V__Kingissepa_nim__kolhoos, lk 9
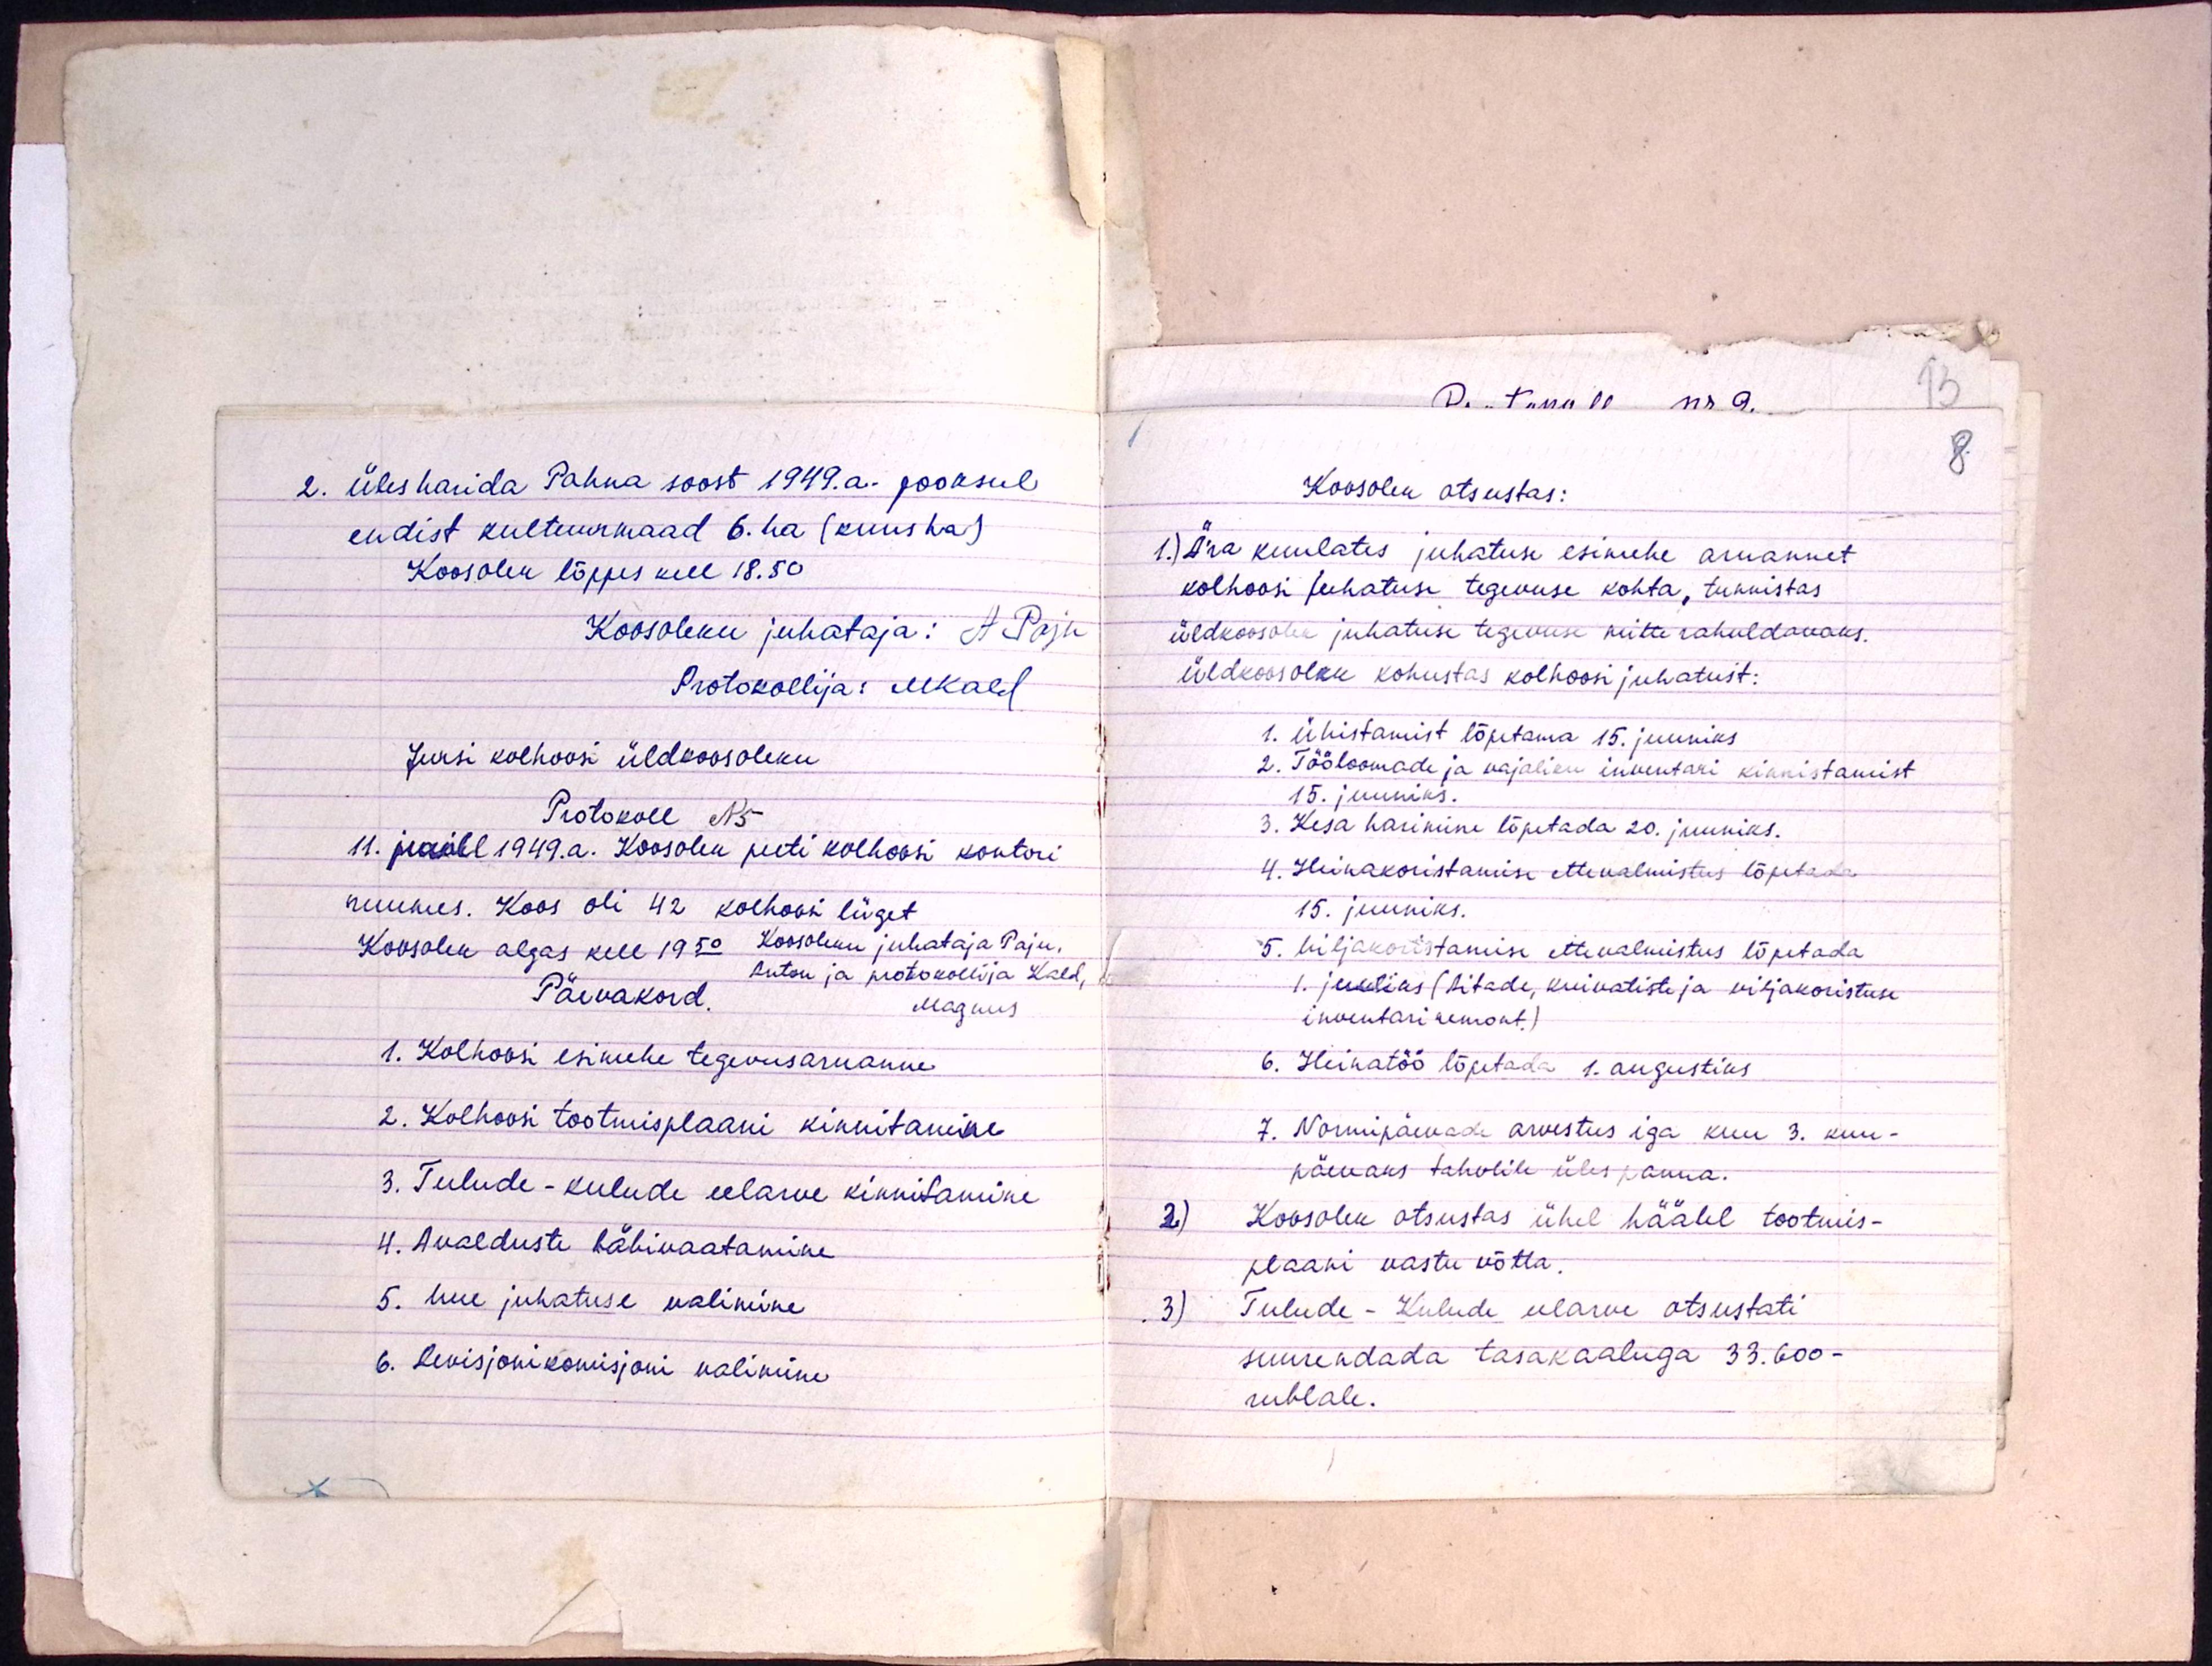
2. Üles harida Pahna soost 1949. a. jooksul
endist kultuurmaad 6. ha (kuus ha)
Koosolek lõppes kell 18.50
Koosoleku juhataja: A Paju
Protokollija: MKald
Jursi kolhoosi üldkoosoleku
Protokoll N5
11. juulil 1949. a. Koosolek peeti kolhoosi kontori
ruumes. Koos oli 42 kolhoosi liiget
Koosolek algas kell 19:50 koosoleku juhataja Paju,
Päevakord
Anton ja protokollija Kald,
Magnus
1. Kolhoosi esimehe tegevusaruanne
2. Kolhoosi tootmisplaani kinnitamine
3. Tulude-kulude eelarve kinnitamine
4. Avalduste läbivaatamine
5. Uue juhatuse valimine
6. Revisjonikomisjoni valimine

8

1
Koosolek otsustas:
1.) ära kuulates juhatuse esimehe aruannet
kolhoosi juhatuse tegevuse kohta, tunnistas
üldkoosolek juhatuse tegevuse mitte rahuldavaks.
üldkoosoleku kohustas kolhoosi juhatust:
1. Ühistamist lõpetama 15. juuniks.
2. Tööloomade ja vajaliku inventari kinnistamist
15. juuniks.
3. Kesa harimine lõpetada 20. juuniks.
4. Heinakoristamise ettevalmistus lõpetada
15. juuniks.
5. Viljakoristamise ettevalmistus lõpetada
1. juuliks (Aitade, kuivatiste ja viljakoristuse
inventari remont)
6. Heinatöö lõpetada 1. augustiks
7. Normipäevade arvestus iga kuu 3. kuu-
päevaks tahvlile üles panna.
2) Koosolek otsustas ühel häälel tootmis-
plaani vastu võtta.
3) Tulude - Kulude eelarve otsustati
suurendada tasakaaluga 33.600-
rublale.